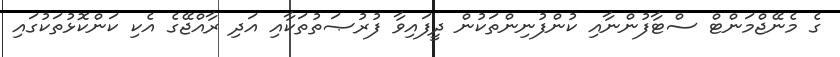
ގެ މެނޭޖްމަންޓް ސްޓާފުންނާއި ކުންފުނިންތަކުން ދީފައިވާ ފުރުޞަތުތަކާއި އަދި ރާއްޖޭގެ އެކި ކަންކޮޅުތަކުގައި